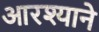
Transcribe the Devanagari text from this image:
आरश्याने